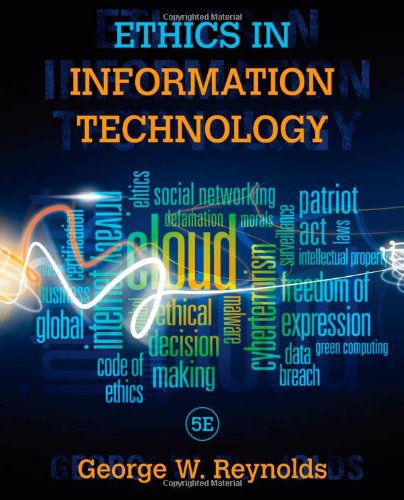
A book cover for Ethics in Information Technology; George Reynolds; Engineering & Transportation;